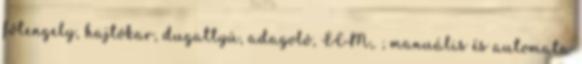
fõtengely, hajtókar, dugattyú, adagoló, ECM,. ; manuális és automata